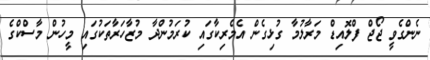
ނެންގެވީ ޖޯޖް ފްލޮއިޑް މަރާލުމާ ގުޅިގެން އެމެރިކާގައި ކުރަމުންދާ މުޒާހަރާތަކުގައި މީހުން މާސްކްގެ